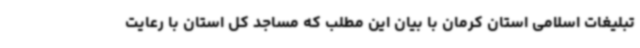
تبلیغات اسلامی استان کرمان با بیان این مطلب که مساجد کل استان با رعایت